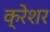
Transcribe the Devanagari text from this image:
क्रेशर